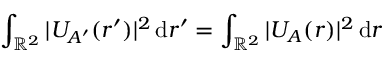
\int _ { { \mathbb R } ^ { 2 } } | U _ { A ^ { \prime } } ( \boldsymbol r ^ { \prime } ) | ^ { 2 } \, \mathrm { d } \boldsymbol r ^ { \prime } = \int _ { { \mathbb R } ^ { 2 } } | U _ { A } ( \boldsymbol r ) | ^ { 2 } \, \mathrm { d } \boldsymbol r